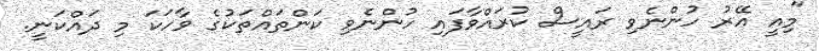
"މިއީ އޭރު ހުންނެވި ރައީސް ކުރައްވާފައި ހުންނެވި ކަންތައްތަކުގެ ވާހަކަ މި ދައްކަނީ.